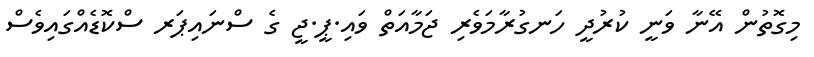
މިގޮތުން އޭނާ ވަނީ ކުރުދީ ހަނގުރާމަވެރި ޖަމާއަތް ވައި.ޕީ.ޖީ ގެ ސްނައިޕަރ ސްކޮޑެއްގައިވެސް